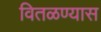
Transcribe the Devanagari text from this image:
वितळण्यास